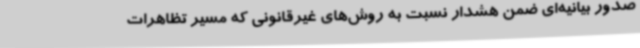
صدور بیانیه‌ای ضمن هشدار نسبت به روش‌های غیرقانونی که مسیر تظاهرات